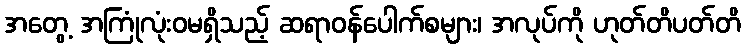
အတွေ့ အကြုံလုံးဝမရှိသည့် ဆရာဝန်ပေါက်စများ၊ အလုပ်ကို ဟုတ်တိပတ်တိ